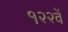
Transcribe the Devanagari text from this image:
१२२वें